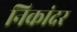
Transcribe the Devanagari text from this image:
निकांदर